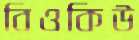
বিওকিউ